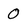
Character: 0